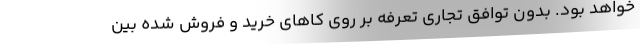
خواهد بود. بدون توافق تجاری تعرفه بر روی کاهای خرید و فروش شده بین